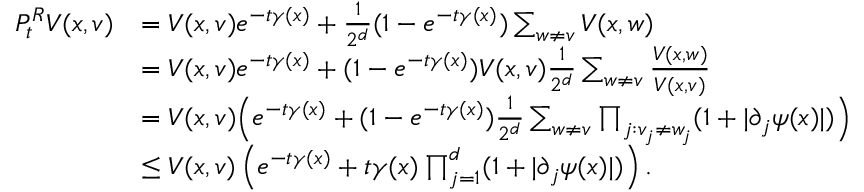
\begin{array} { r l } { P _ { t } ^ { R } V ( x , v ) } & { = V ( x , v ) e ^ { - t \gamma ( x ) } + \frac { 1 } { 2 ^ { d } } ( 1 - e ^ { - t \gamma ( x ) } ) \sum _ { w \neq v } V ( x , w ) } \\ & { = V ( x , v ) e ^ { - t \gamma ( x ) } + ( 1 - e ^ { - t \gamma ( x ) } ) V ( x , v ) \frac { 1 } { 2 ^ { d } } \sum _ { w \neq v } \frac { V ( x , w ) } { V ( x , v ) } } \\ & { = V ( x , v ) \Big ( e ^ { - t \gamma ( x ) } + ( 1 - e ^ { - t \gamma ( x ) } ) \frac { 1 } { 2 ^ { d } } \sum _ { w \neq v } \prod _ { j : v _ { j } \neq w _ { j } } ( 1 + \lvert \partial _ { j } \psi ( x ) \rvert ) \Big ) } \\ & { \leq V ( x , v ) \left( e ^ { - t \gamma ( x ) } + t \gamma ( x ) \prod _ { j = 1 } ^ { d } ( 1 + \lvert \partial _ { j } \psi ( x ) \rvert ) \right) . } \end{array}